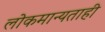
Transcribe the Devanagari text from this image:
लोकमान्यताही